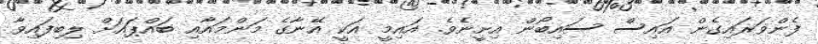
ފެންވަރައިގެން އައިސް ސައިބޯން އިށީނެވެ. އައިމީ އަކީ އޭނާގެ މަންމައާއި ބައްޕައަށް ލިބިފައިވާ